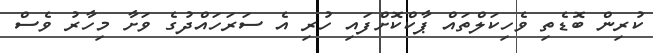
ކުރިން ބޮޑެތި ވެހިކަލްތައް ޕާކްކޮށްފައި ހުރި އެ ސަރަހައްދުގެ ވަށާ މިހާރު ވެސް